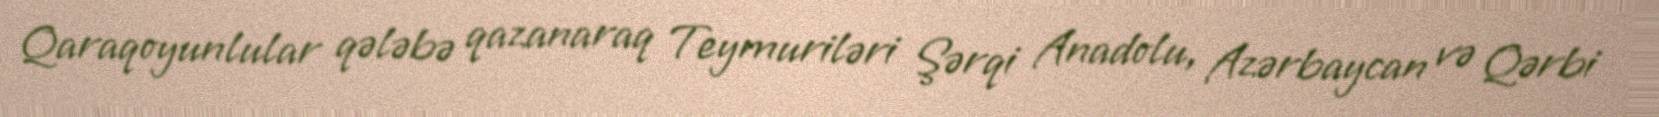
Qaraqoyunlular qələbə qazanaraq Teymuriləri Şərqi Anadolu, Azərbaycan və Qərbi